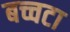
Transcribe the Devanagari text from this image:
बच्चटा